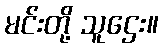
မင်းတို့ သူဌေး။